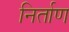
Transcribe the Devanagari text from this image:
निर्ताण